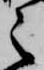
之